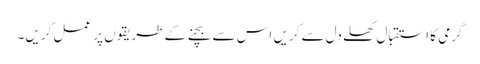
گرمی کا استقبال کھلے دل سے کریں اس سے بچنے کے طریقوں پر عمل کریں۔